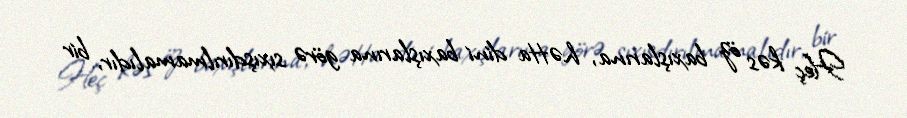
Heç kəs öz baxışlarına, hətta dini baxışlarına görə sıxışdırılmamalıdır, bir